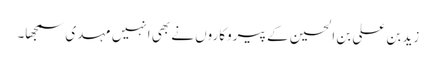
زید بن علی بن الحسین کے پیروکاروں نے بھی انہیں مہدی سمجھا۔